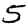
Digit: 5